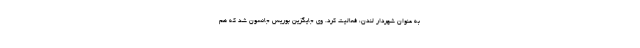
به عنوان شهردار لندن، فعالیت کرد. وی جایگزین بوریس جانسون شد که هم